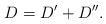
LaTeX: \begin{align*}D=D'+D''.\end{align*}